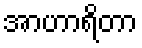
အာဟာရိတာ